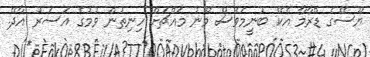
ޔޫސޭގެ ޑްރާމާ އެކޭ ބުނީމަވެސް މޫނު މައްޗަށް ހިނިތުން ވުމުގެ އަސަރު އާދޭ.